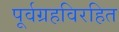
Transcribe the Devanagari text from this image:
पूर्वग्रहविरहित